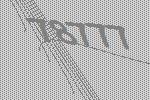
78777